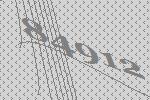
84912